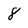
Character: 8